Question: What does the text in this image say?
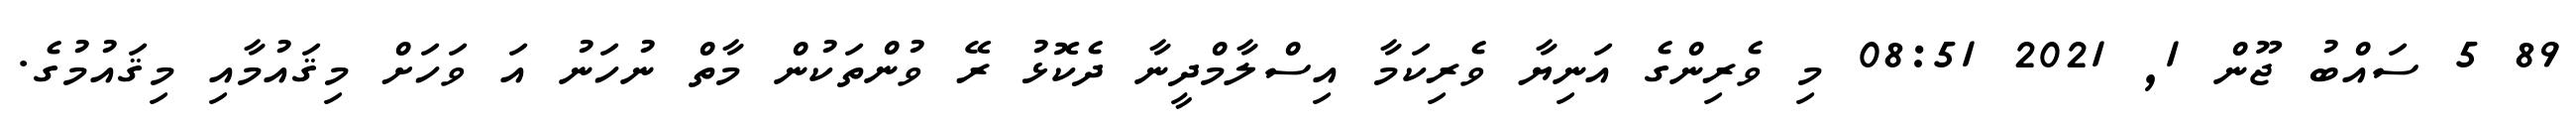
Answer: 89 5 ސައްބު ޖޫން 1, 2021 08:51 މި ވެރިންގެ އަނިޔާ ވެރިކަމާ އިސްލާމްދީނާ ދެކޮޅު ރޭ ވުންތަކުން މާތް ނުހަނު އަ ވަހަށް މިޤައުމާއި މިޤައުމުގެ.